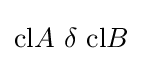
{\mbox{cl}}A\ \delta \ {\mbox{cl}}B